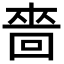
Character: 嗇